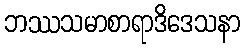
ဘဿသမာစာရာဒိဒေသနာ